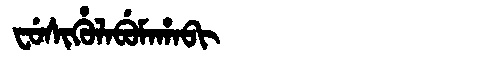
Manchu: ᠸᡠᠰᡳᡥᡠᠯᠠᠪᡠᠮᠠᡥᠠᠪᡳ
Romanization: FUSIHULABUMAHABI